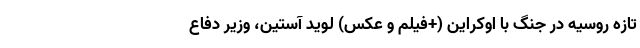
تازه روسیه در جنگ با اوکراین (+فیلم و عکس) لوید آستین، وزیر دفاع